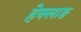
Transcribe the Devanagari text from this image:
हेक्लाङ